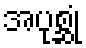
အပုစ္ဆုံ